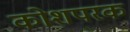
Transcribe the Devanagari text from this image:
कोशपरक